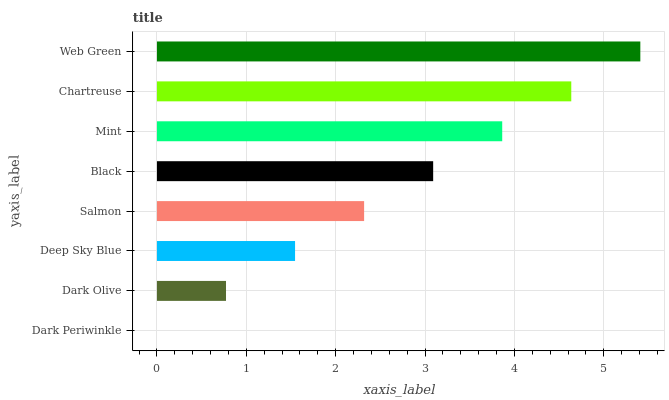
| yaxis_label | bars |
 | --- | --- |
 | Dark Periwinkle | 0 |
 | Dark Olive | 0.773 |
 | Deep Sky Blue | 1.55 |
 | Salmon | 2.32 |
 | Black | 3.09 |
 | Mint | 3.86 |
 | Chartreuse | 4.64 |
 | Web Green | 5.41 |